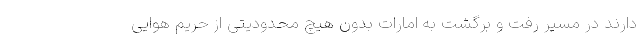
دارند در مسیر رفت و برگشت به امارات بدون هیچ محدودیتی از حریم هوایی